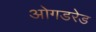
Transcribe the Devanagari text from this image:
ओगडरेड